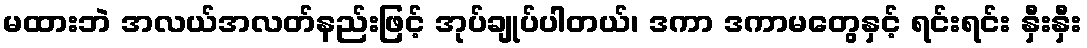
မထားဘဲ အလယ်အလတ်နည်းဖြင့် အုပ်ချုပ်ပါတယ်၊ ဒကာ ဒကာမတွေနှင့် ရင်းရင်း နှီးနှီး